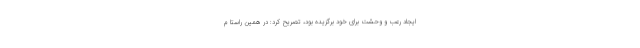
ایجاد رعب و وحشت برای خود برگزیده بود، تصریح کرد: در همین راستا م